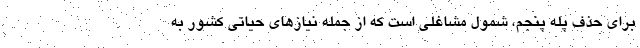
برای حذف پله پنجم، شمول مشاغلی است که از جمله نیازهای حیاتی کشور به